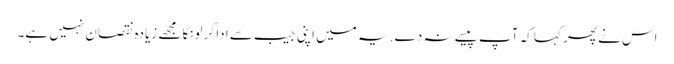
اس نے پھر کہا کہ آپ پیسے نہ دے. یہ میں اپنی جیب سے ادا کر لونگا مجھے زیادہ نقصان نہیں ہے۔